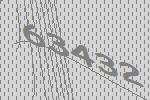
63432